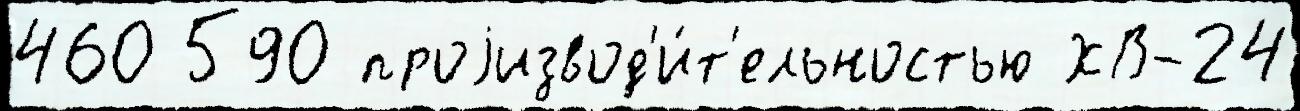
460 590 проjизвод'и́т'ельностью ХВ-24